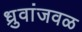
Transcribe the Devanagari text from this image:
ध्रुवांजवळ